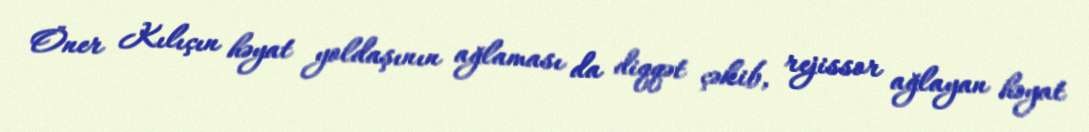
Öner Kılıçın həyat yoldaşının ağlaması da diqqət çəkib, rejissor ağlayan həyat